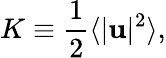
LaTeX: K\equiv\frac{1}{2}\langle|\textbf{u}|^{2}\rangle,